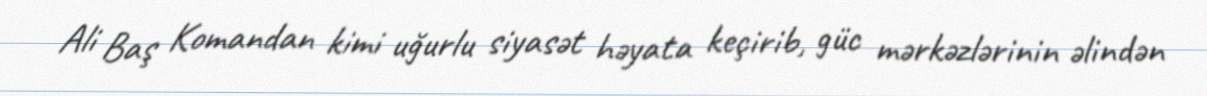
Ali Baş Komandan kimi uğurlu siyasət həyata keçirib, güc mərkəzlərinin əlindən